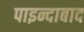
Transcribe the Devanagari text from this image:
पाइन्दाबाद